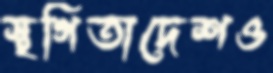
স্থগিতাদেশও